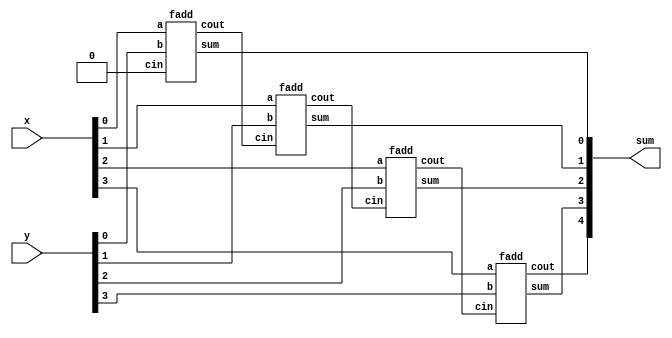
// https://hdlbits.01xz.net/wiki/Exams/m2014_q4j

module top_module (
    input [3:0] x,
    input [3:0] y,
    output [4:0] sum);

    wire [2:0] cout;

    fadd mt_fadd_0 ( x[0], y[0], 1'b0,    cout[0], sum[0]);
    fadd mt_fadd_1 ( x[1], y[1], cout[0], cout[1], sum[1]);
    fadd mt_fadd_2 ( x[2], y[2], cout[1], cout[2], sum[2]);
    fadd mt_fadd_3 ( x[3], y[3], cout[2], sum[4],  sum[3]);

endmodule


module fadd(
    input a, b, cin,
    output cout, sum );
    assign {cout, sum} = a + b + cin;
endmodule